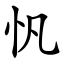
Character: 忛